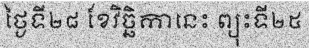
ថ្ងៃទី២៨ ខែវិច្ឆិកានេះ ព្យុះទី២៥